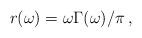
LaTeX: \begin{align*}\:r(\omega ) = \omega \Gamma (\omega )/\pi \,,\:\end{align*}